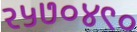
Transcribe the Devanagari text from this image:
२५७०४९०